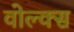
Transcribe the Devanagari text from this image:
वोल्क्स